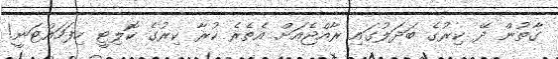
ގާތުން ދޭ ކިރުގެ ބަދަލުގައި ރާއްޖެއަށް އެތެރެ ކުރާ ކިރުގެ ކޮލިޓީ ހިފަހައްޓަނީ!